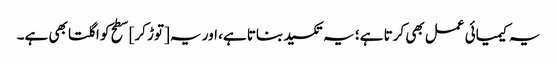
یہ کیمیائی عمل بھی کرتا ہے؛ یہ تکسید بناتا ہے، اور یہ [توڑ کر] سطح کو اگلتا بھی ہے۔